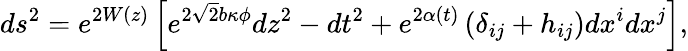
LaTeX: ds^{2}=e^{2W(z)}\left[e^{2\sqrt{2}b\kappa\phi}dz^{2}-dt^{2}+e^{2\alpha(t)}\left(\delta_{ij}+h_{ij}\right)dx^{i}dx^{j}\right],